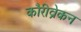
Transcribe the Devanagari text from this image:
कौरीव्रेकन